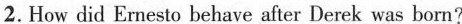
2.How did Emesto bchave after Derek was born?